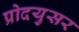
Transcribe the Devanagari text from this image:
प्रोदयुसर